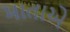
માતાએ